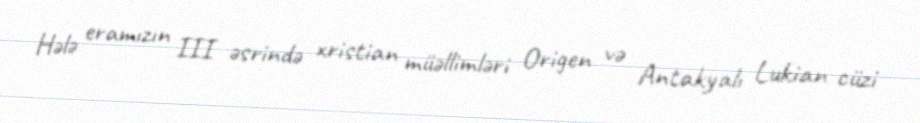
Hələ eramızın III əsrində xristian müəllimləri Origen və Antakyalı Lukian cüzi